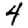
Digit: 4